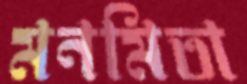
মনমিতা